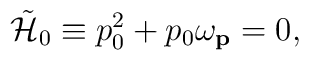
\tilde{{\cal H}}_0 \equiv p_0^2 + p_0\omega_{\bf \small p} =0,